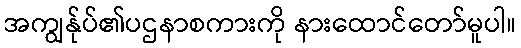
အကျွန်ုပ်၏ပဌနာစကားကို နားထောင်တော်မူပါ။